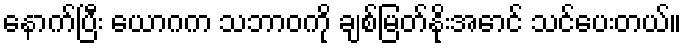
နောက်ပြီး ယောဂက သဘာဝကို ချစ်မြတ်နိုးအောင် သင်ပေးတယ်။